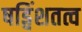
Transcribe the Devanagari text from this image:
षड्विंशतत्व